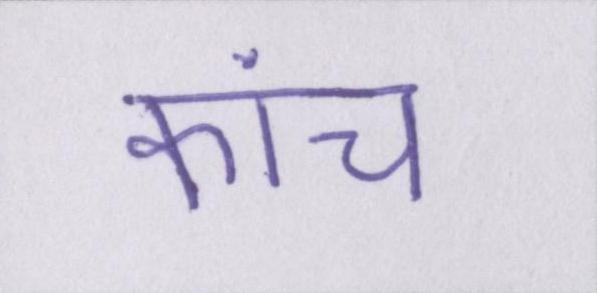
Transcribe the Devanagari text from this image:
कांच